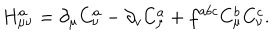
H _ { \mu \nu } ^ { a } = \partial _ { \mu } C _ { \nu } ^ { a } - \partial _ { v } C _ { \mu } ^ { a } + f ^ { a b c } C _ { \mu } ^ { b } C _ { \nu } ^ { c } .